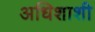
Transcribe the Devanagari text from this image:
अधिशाशी